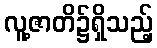
လူ့ဇာတိ၌ရှိသည့်